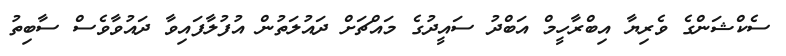
ސެކްޝަންގެ ވެރިޔާ އިބްރާހީމް އަބްދު ސައީދުގެ މައްޗަށް ދައުލަތުން އުފުލާފައިވާ ދައުވާވެސް ސާބިތު